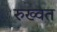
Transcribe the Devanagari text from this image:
रुख्वत